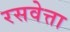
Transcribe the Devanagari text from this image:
रसवेत्ता